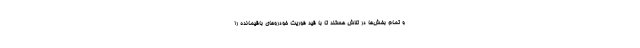
و تمام بخش‌ها در تلاش هستند تا با قيد فوريت خودروهاي باقیمانده را